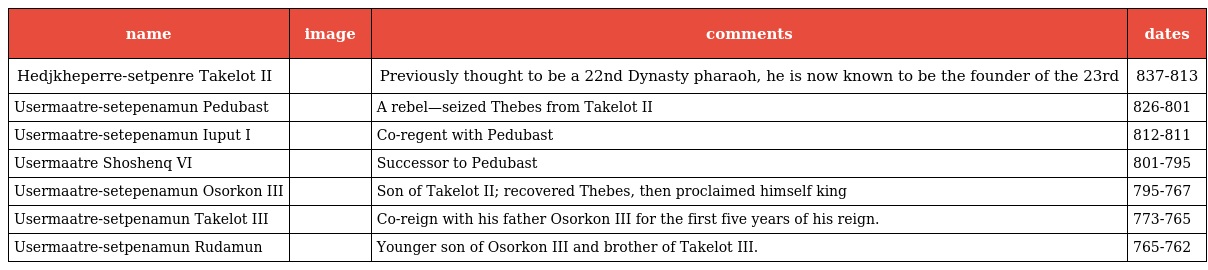
| name | image | comments | dates |
 | --- | --- | --- | --- |
 | Hedjkheperre-setpenre Takelot II |  | Previously thought to be a 22nd Dynasty pharaoh, he is now known to be the founder of the 23rd | 837-813 |
 | Usermaatre-setepenamun Pedubast |  | A rebel—seized Thebes from Takelot II | 826-801 |
 | Usermaatre-setepenamun Iuput I |  | Co-regent with Pedubast | 812-811 |
 | Usermaatre Shoshenq VI |  | Successor to Pedubast | 801-795 |
 | Usermaatre-setepenamun Osorkon III |  | Son of Takelot II; recovered Thebes, then proclaimed himself king | 795-767 |
 | Usermaatre-setpenamun Takelot III |  | Co-reign with his father Osorkon III for the first five years of his reign. | 773-765 |
 | Usermaatre-setpenamun Rudamun |  | Younger son of Osorkon III and brother of Takelot III. | 765-762 |